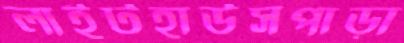
লাইটহাউসপাড়া